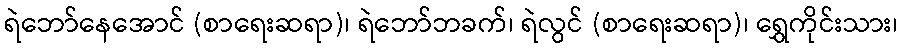
ရဲဘော်နေအောင် (စာရေးဆရာ)၊ ရဲဘော်ဘခက်၊ ရဲလွင် (စာရေးဆရာ)၊ ရွှေကိုင်းသား၊